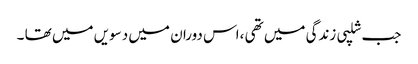
جب شلپی زندگی میں تھی ،اس دوران میں دسویں میں تھا ۔